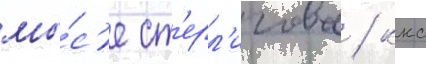
мы́с'е ст'ерл'игова / ккс